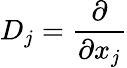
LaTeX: D_{j}={\frac{\partial}{\partial x_{j}}}